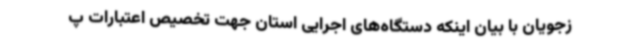
زجویان با بیان اینکه دستگاه‌های اجرایی استان جهت تخصیص اعتبارات پ